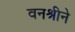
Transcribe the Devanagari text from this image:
वनश्रीने